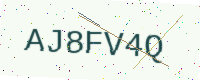
Text: AJ8FV4Q